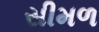
સીમળ